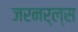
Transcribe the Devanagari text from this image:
जरनर्ल्स